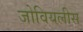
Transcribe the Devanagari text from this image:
जोवियलीस